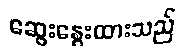
ဆွေးနွေးထားသည်